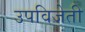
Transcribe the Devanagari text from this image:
उपविजेती